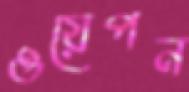
ওয়েপন